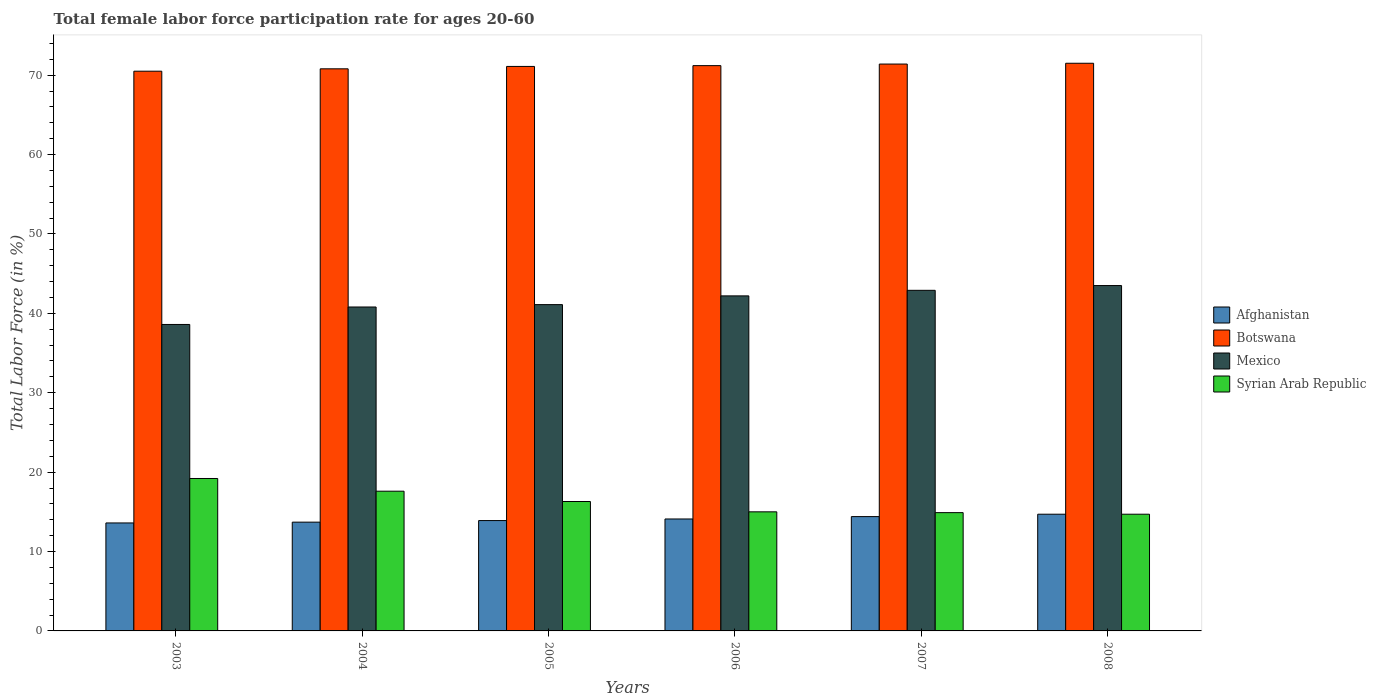
| Years | Afghanistan | Botswana | Mexico | Syrian Arab Republic |
 | --- | --- | --- | --- | --- |
 | 2003 | 13.6 | 70.5 | 38.6 | 19.2 |
 | 2004 | 13.7 | 70.8 | 40.8 | 17.6 |
 | 2005 | 13.9 | 71.1 | 41.1 | 16.3 |
 | 2006 | 14.1 | 71.2 | 42.2 | 15 |
 | 2007 | 14.4 | 71.4 | 42.9 | 14.9 |
 | 2008 | 14.7 | 71.5 | 43.5 | 14.7 |